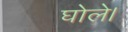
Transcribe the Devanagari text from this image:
घोले।